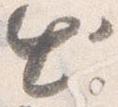
出